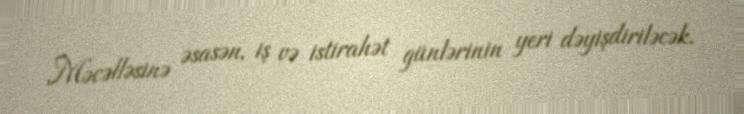
Məcəlləsinə əsasən, iş və istirahət günlərinin yeri dəyişdiriləcək.